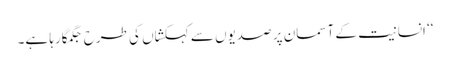
‘‘ انسانیت کے آسمان پر صدیوں سے کہکشاں کی طرح جگمگارہا ہے۔